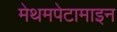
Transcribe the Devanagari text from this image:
मेथमपेटामाइन